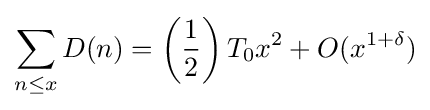
\sum _{n\leq x}D(n)=\left({\frac {1}{2}}\right)T_{0}x^{2}+O(x^{1+\delta })